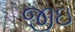
જીઇ